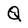
Character: Q